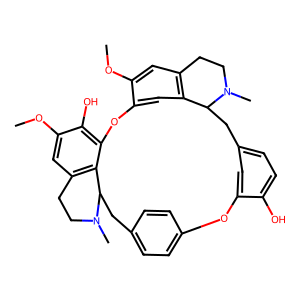
SMILES: COc1cc2c3cc1Oc1c(O)c(OC)cc4c1C(Cc1ccc(cc1)Oc1cc(ccc1O)CC3N(C)CC2)N(C)CC4
Inhibits HIV replication: No